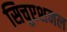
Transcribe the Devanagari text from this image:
सिचुएशनल